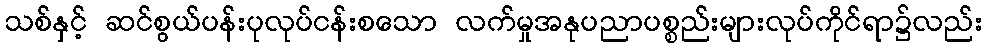
သစ်နှင့် ဆင်စွယ်ပန်းပုလုပ်ငန်းစသော လက်မှုအနုပညာပစ္စည်းများလုပ်ကိုင်ရာ၌လည်း